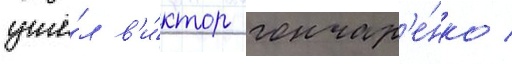
ушё́л в'и́ктор гончар'е́нко /